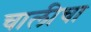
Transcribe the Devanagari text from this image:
चालीचा